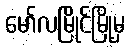
မော်လမြိုင်မြို့မှ